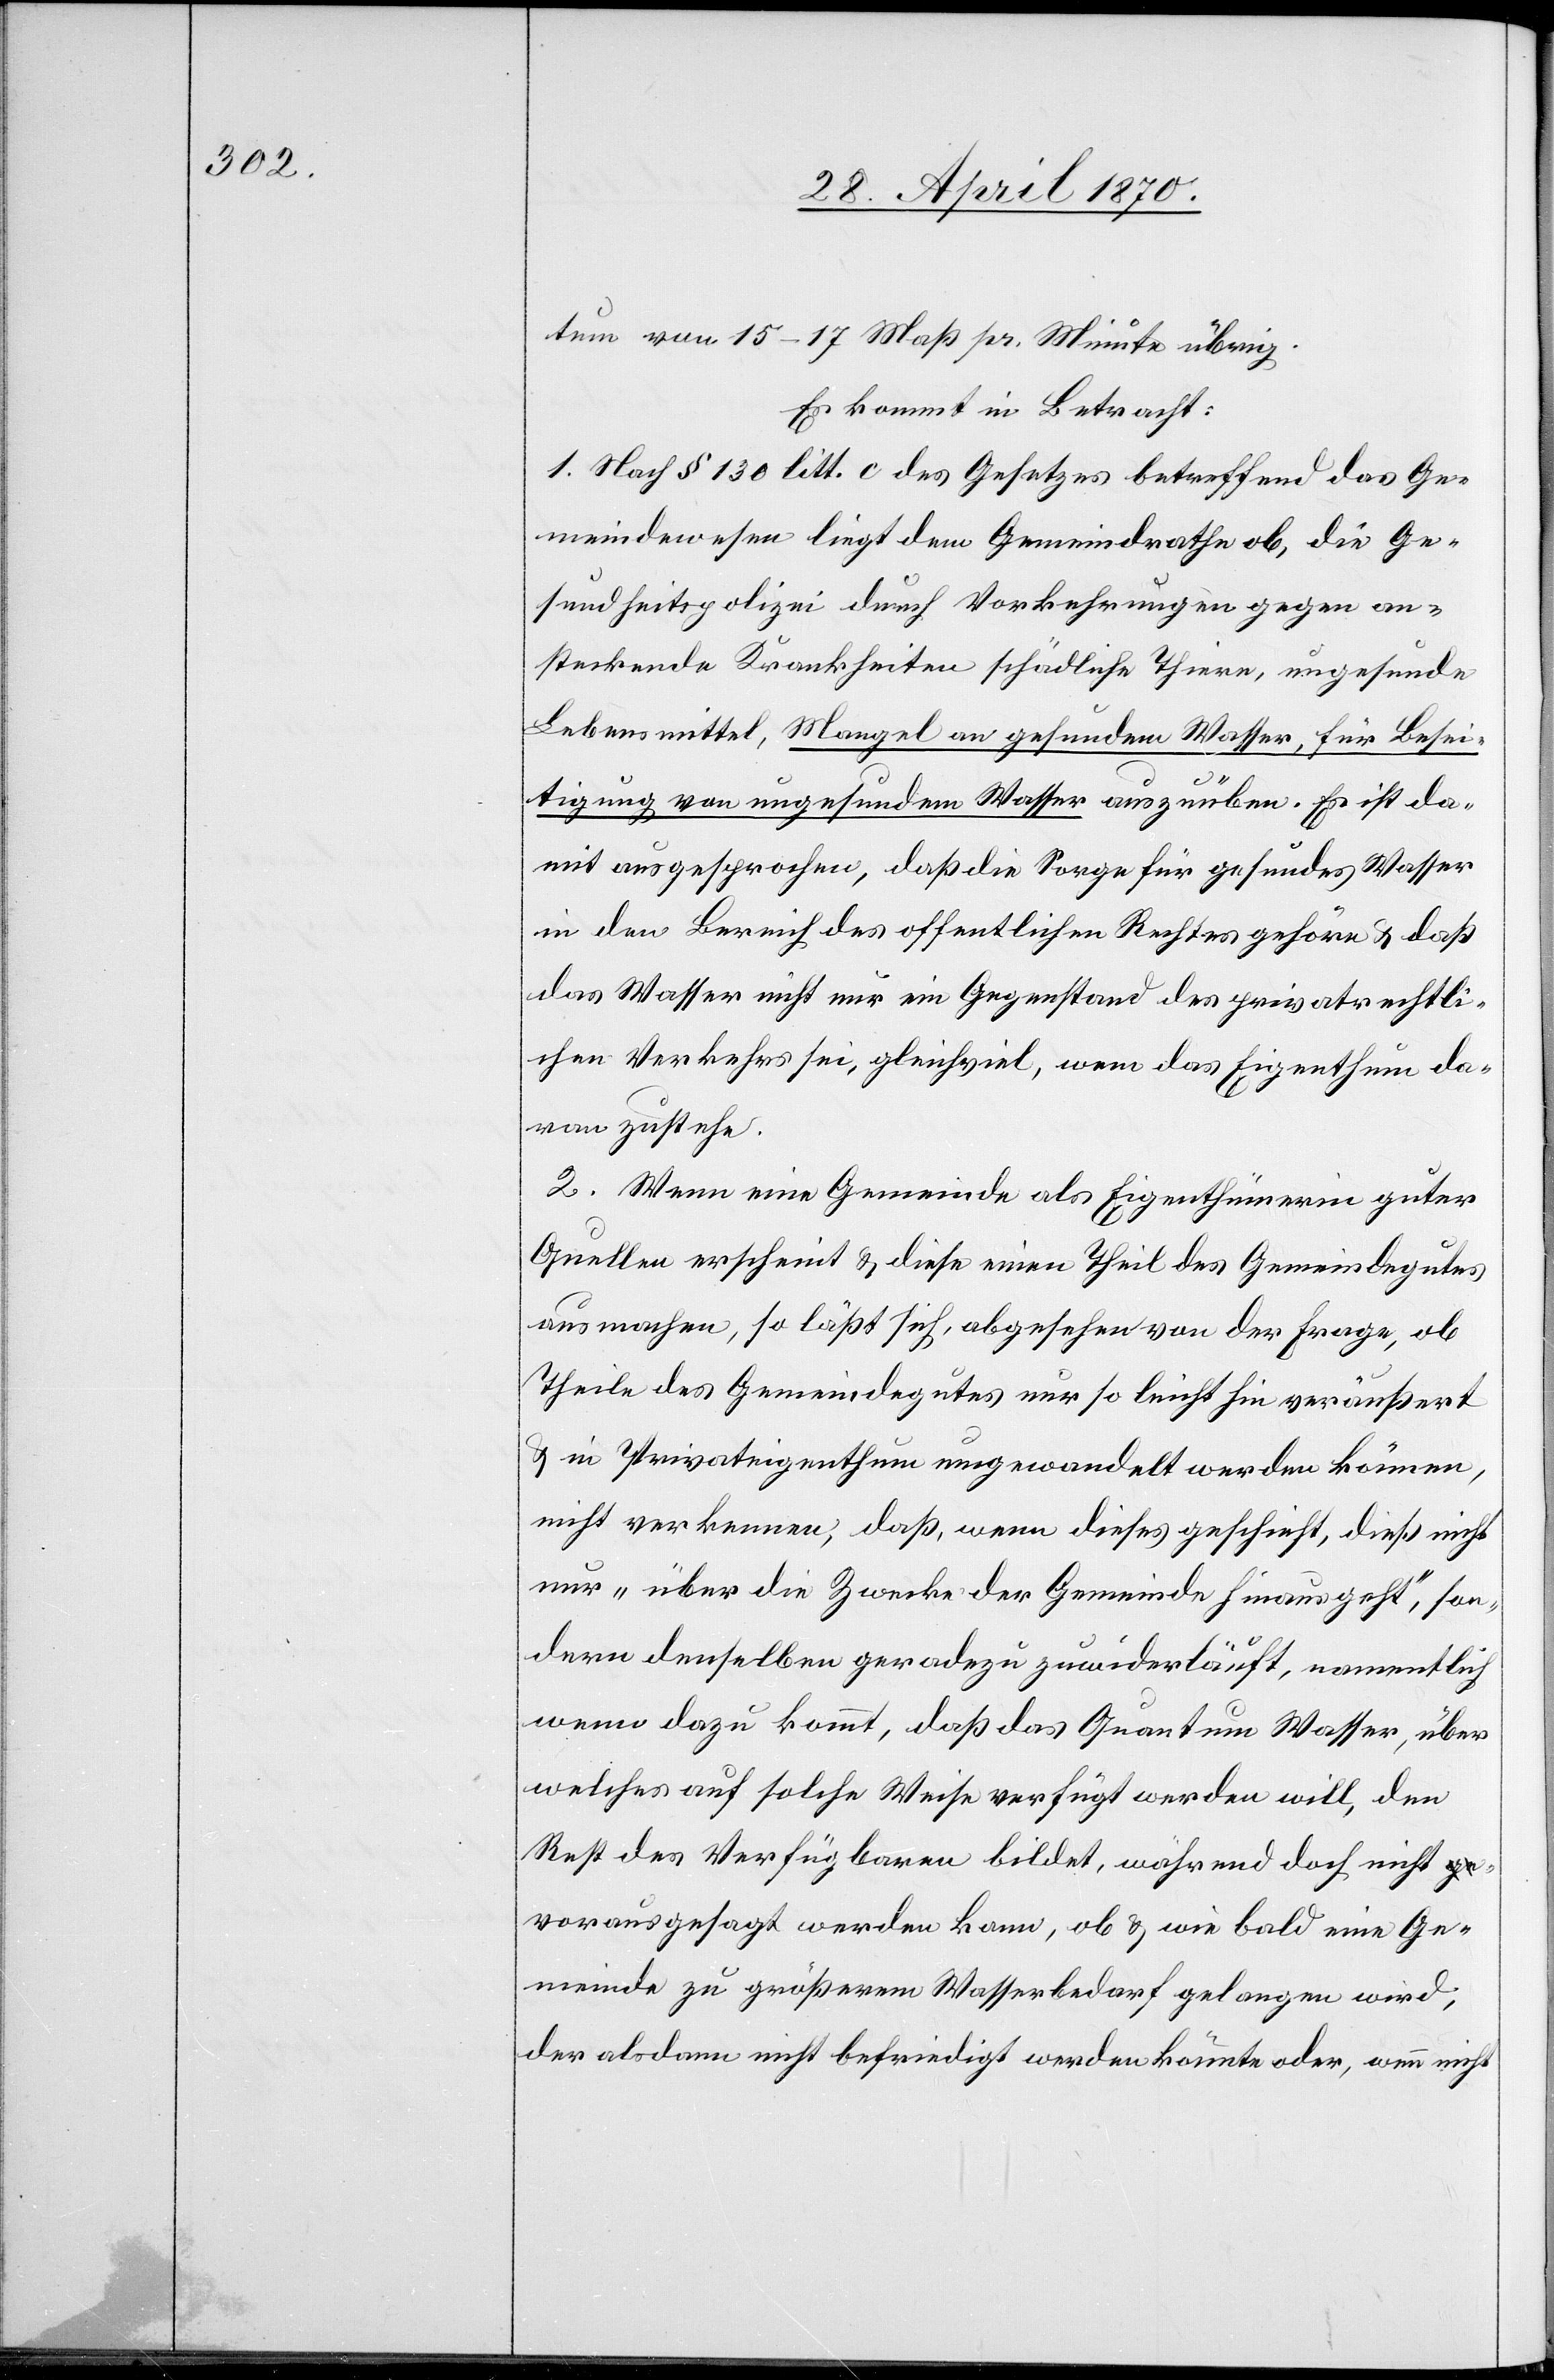
tum von 15–17 Maß pr. Minute übrig.
Es kommt in Betracht:
1. Nach § 130 litt. c des Gesetzes betreffend das Ge¬
meindewesen liegt dem Gemeindrathe ob, die Ge¬
sundheitspolizei durch Vorkehrungen gegen an¬
steckende Krankheiten schädliche Thiere, ungesunde
Lebensmittel, Mangel an gesundem Waser, für Besei¬
tigung von ungesundem Wasser auszuüben. Es ist da¬
mit ausgesprochen, daß die Sorge für gesundes Wasser
in den Bereich des offentlichen [sic!] Rechtes gehöre & daß
das Wasser nicht nur ein Gegenstand des privatrechtli¬
chen Verkehrs sei, gleichviel, wem das Eigenthum da¬
ran zustehe.
2. Wenn eine Gemeinde als Eigenthümerin guter
Quellen erscheint & diese einen Theil des Gemeindegutes
ausmachen, so läßt sich, abgesehen von der Frage, ob
Theile des Gemeindegutes nur so leicht hin veräußert
& in Privateigenthum umgewandelt werden können,
nicht verkennen, daß, wenn dieses geschieht, dieß nicht
nur „über die Zwecke der Gemeinde hinausgeht“, son¬
dern denselben geradezu zuwiederläuft, namentlich
wenn dazu kommt, daß das Quantum Wasser, über
welches auf solche Weise verfügt werden will, den
Rest des Verfügbaren bildet, während doch nicht v¬
orausgesagt werden kann, ob & wie bald eine Ge¬
meinde zu größerem Wasserbedarf gelangen wird,
der alsdann nicht befriedigt werden könnte oder, wenn nicht